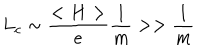
L _ { c } \sim { \frac { < H > } { e } } { \frac { 1 } { m } } > > { \frac { 1 } { m } }